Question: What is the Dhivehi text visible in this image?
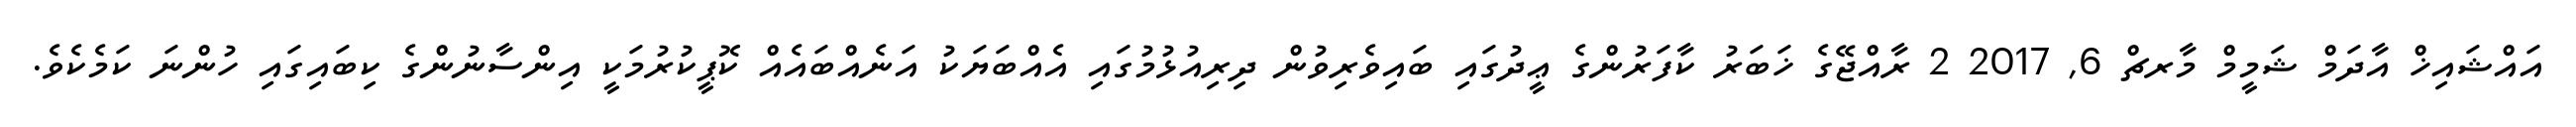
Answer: އައްޝައިޚް އާދަމް ޝަމީމް މާރޗް 6, 2017 2 ރާއްޖޭގެ ޚަބަރު ކާފަރުންގެ ޢީދުގައި ބައިވެރިވުން ދިރިއުޅުމުގައި އެއްބަޔަކު އަނެއްބައެއް ކޮޕީކުރުމަކީ އިންސާނުންގެ ކިބައިގައި ހުންނަ ކަމެކެވެ.